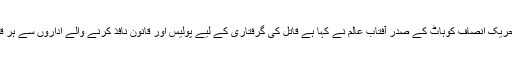
ادھر ملزم کے چچا اور تحریک انصاف کوہاٹ کے صدر آفتاب عالم نے کہا ہے قاتل کی گرفتاری کے لیے پولیس اور قانون نافذ کرنے والے اداروں سے ہر قسم کا تعاون کیا جائے گا۔